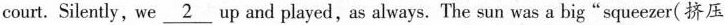
court. Silently, we \underline{2} up and played, as always. The sun was a big“squeezer(挤压